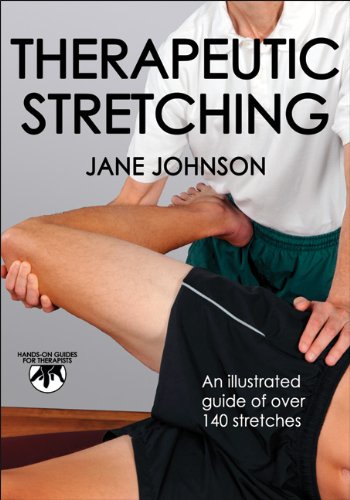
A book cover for Therapeutic Stretching (Hands-On Guides for Therapists); Jane Johnson; Health, Fitness & Dieting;